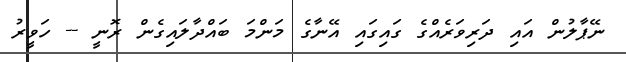
ނޭޕާލުން އައި ދަރިވަރެއްގެ ގައިގައި އޭނާގެ މަންމަ ބައްދާލައިގެން ރޮނީ -- ހަވީރު